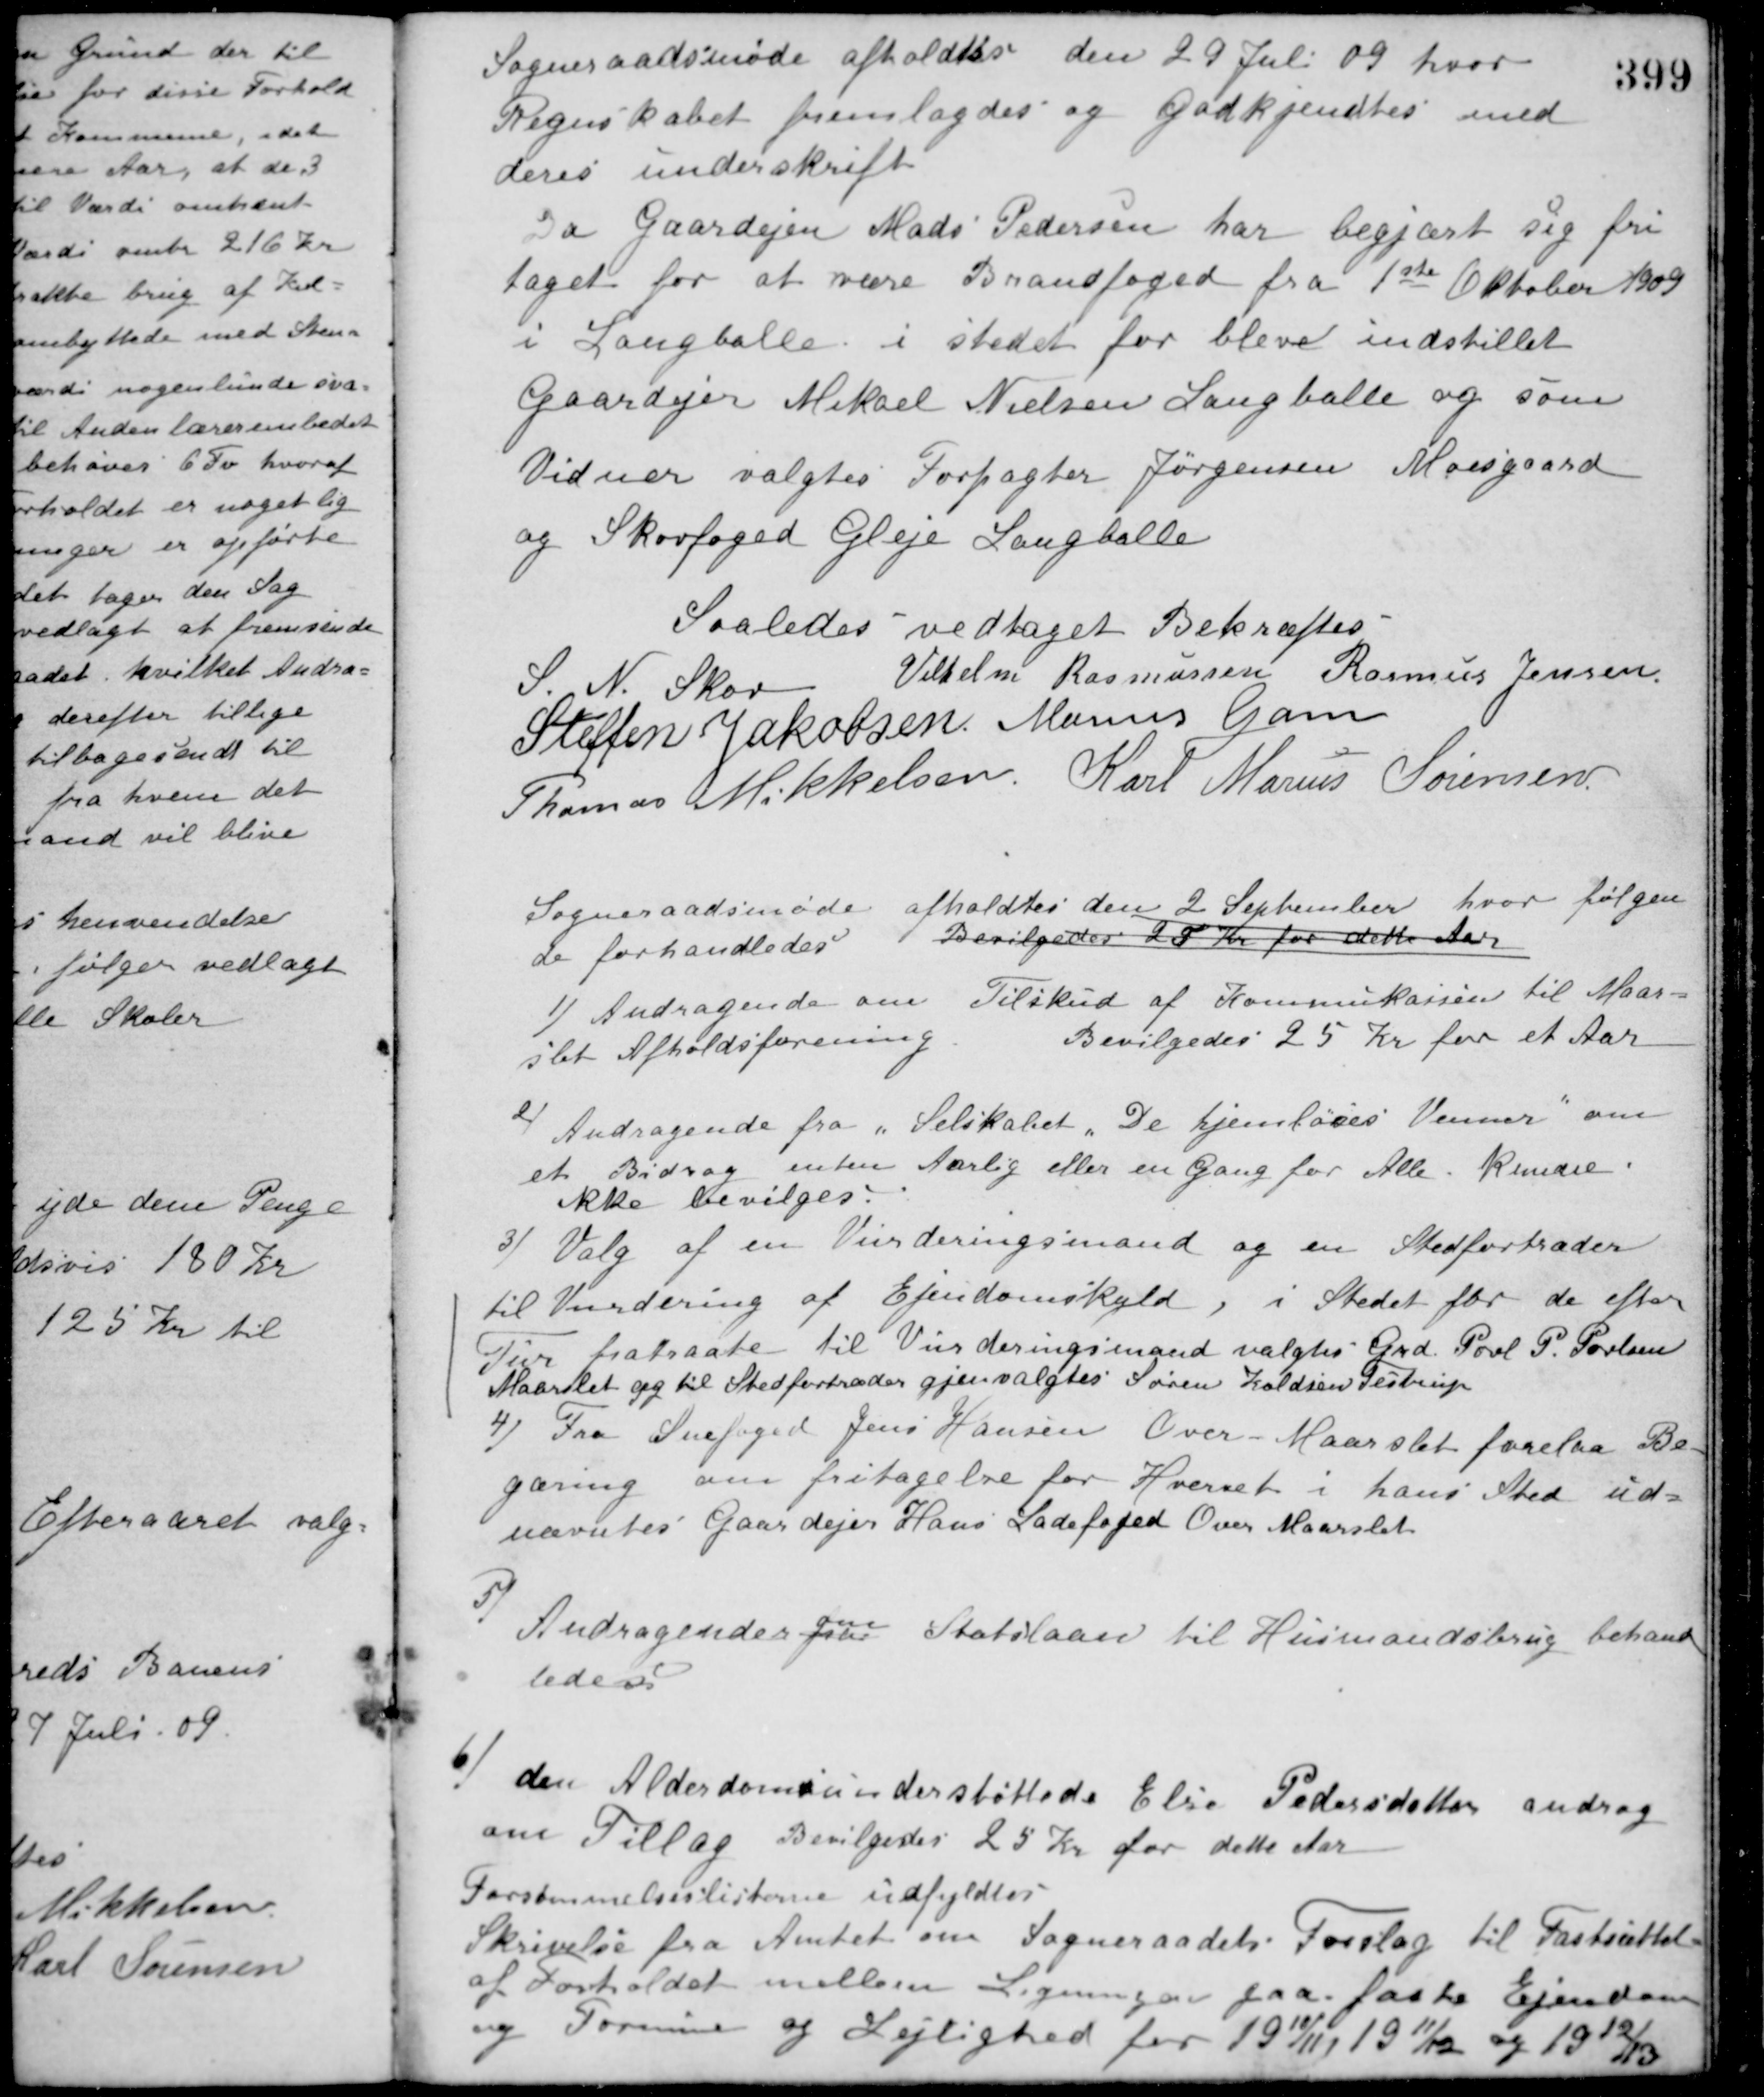
Transskription:
Sogneraadsmøde afholdtes den 29 Juli 09 hvor
Regnskabet fremlagdes og godkjendtes med
deres underskrift
Da Gaardejer Mads Pedersen har begjært sig fri-
taget for at være Brandfoged fra 1ste Oktober 1909
i Langballe i stedet for bleve indstillet
Gaardejer Mikael Nielsen Langballe og som
Vidner valgtes Forpagter Jørgensen Moesgaard
og Skovfoged Gleje Langballe
Saaledes vedtaget Bekræftes
S. N. Skov
Vilhelm Rasmussen Rasmus Jensen
Steffen Jakobsen Marius Gam
Thomas Mikkelsen Karl Marius Sørensen
Sogneraadsmøde afholdtes den 2 September hvor følgen-
de forhandledes
Bevilgedes 20 Kr for dette Aar
1) Andragende om Tilskud af Kommukassen til Maar-
slet Afholdsforening
Bevilgedes 25 Kr for et Aar
2) Andragende fra "Selskabet "De hjemløses Venner" om
et Bidrag enten Aarlig eller en Gang for Alle. Kunde
ikke bevilges.
3) Valg af en Vurderingsmand og en Stedfortræder
til Vurdering af Ejendomskyld, i Stedet for de efter
Tur fratraate til Vurderingsmand valgtes Grd. Poul P. Poulsen
Maarslet og til Stedfortræder gjenvalgtes Søren Koldsen Testrup
4) Fra Snefoged Jens Hansen Over Maarslet forelaa Be-
gæring om fritagelse for Hvervet i hans Sted ud-
nævntes Gaardejer Hans Ladefoged Over Maarslet
5) Andragender fra
om
Statslaan til Husmandsbrug behand-
ledes
6) den Alderdomsunderstøttede Else Pedersdatter androg
om Tillæg
Bevilgedes 25 Kr for dette Aar
Forsømmelseslisterne udfyldtes
Skrivelse fra Amtet om Sogneraadets Forslag til Fastsættelse
af Forholdet mellem Ligningen paa fast Ejendom
og Formue og Lejlighed for 1910/11, 1911/12 og 1912/13